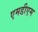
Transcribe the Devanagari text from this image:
एमडीएम